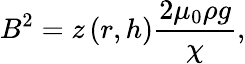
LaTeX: B^{2}=z\left(r,h\right)\frac{2\mu_{0}\rho g}{\chi},